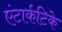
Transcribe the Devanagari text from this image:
एंटार्कटिके